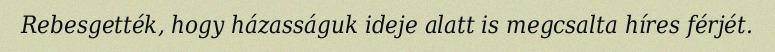
Rebesgették, hogy házasságuk ideje alatt is megcsalta híres férjét.